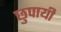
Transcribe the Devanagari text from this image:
छुपायी